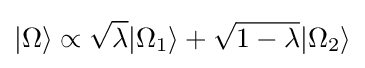
|\Omega \rangle \propto {\sqrt {\lambda }}|\Omega _{1}\rangle +{\sqrt {1-\lambda }}|\Omega _{2}\rangle